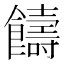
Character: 𩟕